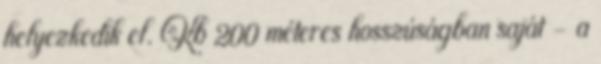
helyezkedik el. Kb 200 méteres hosszúságban saját – a